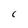
Character: C